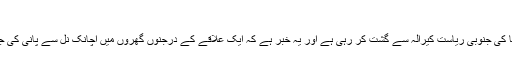
پانی کی جگہ شراب
ایک عجیب خبر انڈیا کی جنوبی ریاست کیرالہ سے گشت کر رہی ہے اور یہ خبر ہے کہ ایک علاقے کے درجنوں گھروں میں اچانک نل سے پانی کی جگہ شراب آنے لگی۔